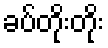
ခပ်တိုးတိုး